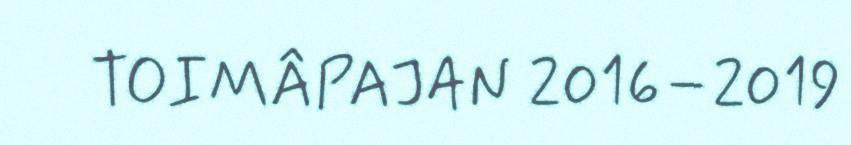
TOIMÂPAJAN 2016–2019